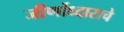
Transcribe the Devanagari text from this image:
जीर्णोध्दाराचे